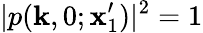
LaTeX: |p(\mathbf{k},0;\mathbf{x}_{1}^{\prime})|^{2}=1